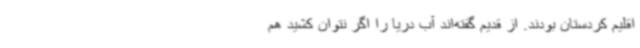
اقلیم کردستان بودند. از قدیم گفته‌اند آب دریا را اگر نتوان کشید هم